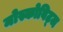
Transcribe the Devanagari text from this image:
मोस्कोविट्ज